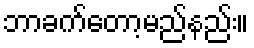
ဘာခက်တော့မည်နည်း။